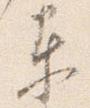
東